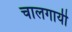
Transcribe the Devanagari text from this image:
चालगायी